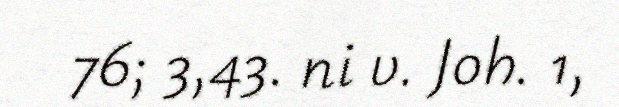
76; 3,43. ni v. Joh. 1,